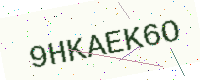
Text: 9HKAEK6O